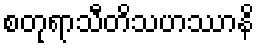
စတုရာသီတိသဟဿာနိ